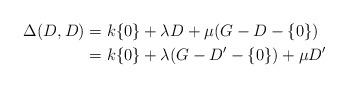
LaTeX: \begin{align*}\Delta(D,D)& = k\{0\}+\lambda D+\mu(G-D-\{0\})\\& =k\{0\}+\lambda(G-D'-\{0\})+\mu D'\end{align*}